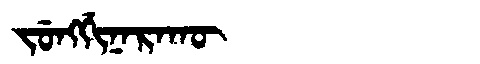
Manchu: ᠵᡠᠩᡤᡳᠨᠠᡵᠠᡴᡡ
Romanization: JUNGGINARAKŪ